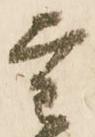
重